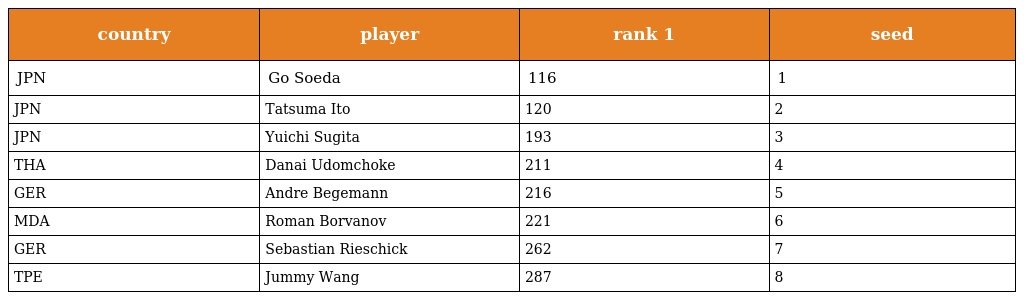
| country | player | rank 1 | seed |
 | --- | --- | --- | --- |
 | JPN | Go Soeda | 116 | 1 |
 | JPN | Tatsuma Ito | 120 | 2 |
 | JPN | Yuichi Sugita | 193 | 3 |
 | THA | Danai Udomchoke | 211 | 4 |
 | GER | Andre Begemann | 216 | 5 |
 | MDA | Roman Borvanov | 221 | 6 |
 | GER | Sebastian Rieschick | 262 | 7 |
 | TPE | Jummy Wang | 287 | 8 |